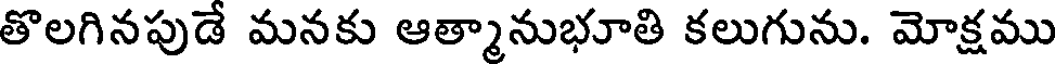
తొలగినపుడే మనకు ఆత్మానుభూతి కలుగును. మోక్షము